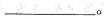
_________。